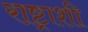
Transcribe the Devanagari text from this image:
राष्ट्राशी